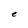
Character: e